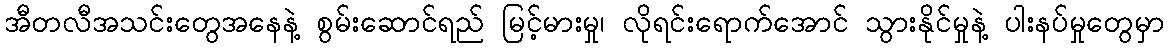
အီတလီအသင်းတွေအနေနဲ့ စွမ်းဆောင်ရည် မြင့်မားမှု၊ လိုရင်းရောက်အောင် သွားနိုင်မှုနဲ့ ပါးနပ်မှုတွေမှာ